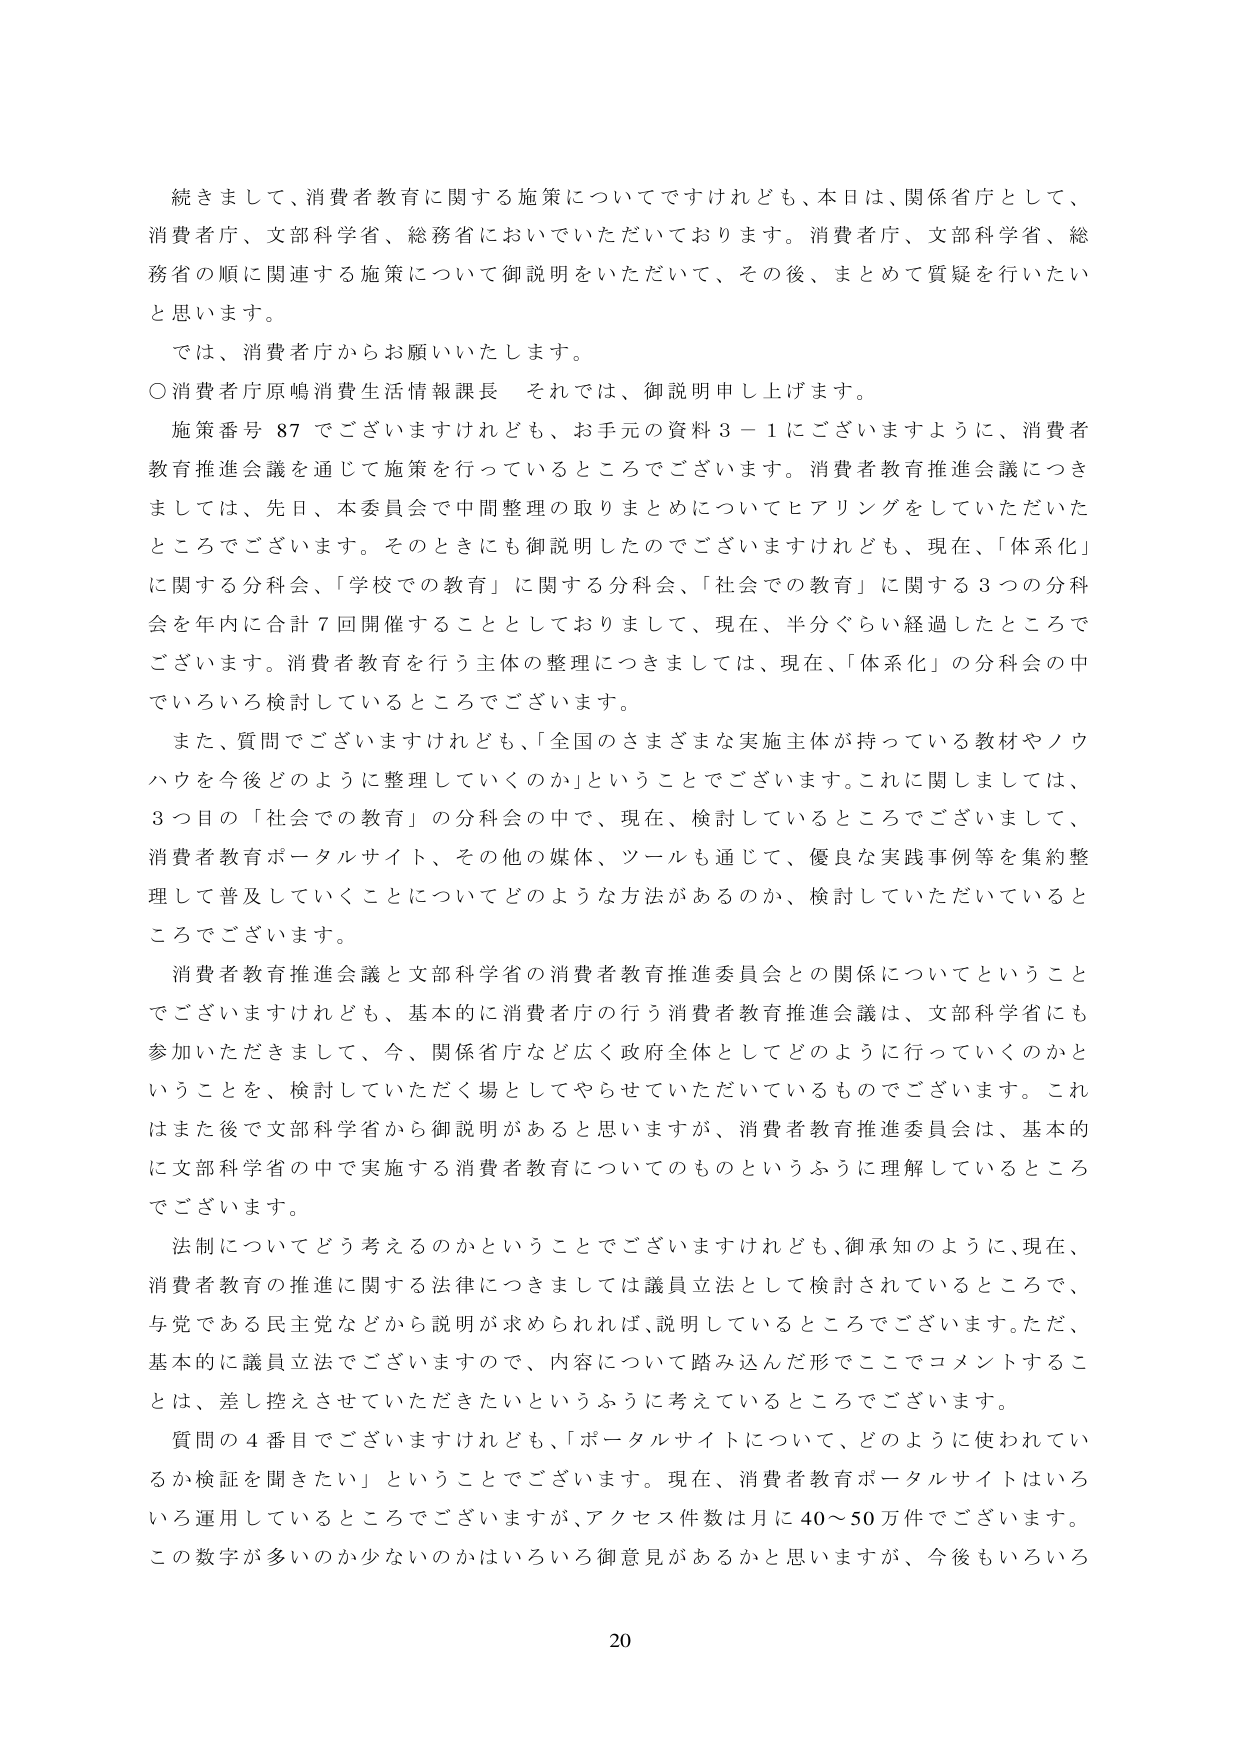
続きまして、消費者教育に関する施策についてですけれども、本日は、関係省庁として、消費者庁、文部科学省、総務省においていただいております。消費者庁、文部科学省、総務省の順に関連する施策について御説明をいただいて、その後、まとめて質疑を行いたいと思います。

では、消費者庁からお願いいたします。

○消費者庁原嶋消費生活情報課長　それでは、御説明申し上げます。

施策番号 87 でございますけれども、お手元の資料 3－1 にございますように、消費者教育推進会議を通じて施策を行っているところでございます。消費者教育推進会議につきましては、先日、本委員会で中間整理の取りまとめについてヒアリングをしていただいたところでございます。そのときにも御説明したのでございますけれども、現在、「体系化」に関する分科会、「学校での教育」に関する分科会、「社会での教育」に関する 3 つの分科会を年内に合計 7 回開催することとしておりまして、現在、半分ぐらい経過したところでございます。消費者教育を行う主体の整理につきましては、現在、「体系化」の分科会の中でいろいろ検討しているところでございます。

また、質問でございますけれども、「全国のさまざまな実施主体が持っている教材やノウハウを今後どのように整理していくのか」ということでございます。これに関しましては、3 つ目の「社会での教育」の分科会の中で、現在、検討しているところでございまして、消費者教育ポータルサイト、その他の媒体、ツールも通じて、優良な実践事例等を集約整理して普及していくことについてどのような方法があるのか、検討していただいているところでございます。

消費者教育推進会議と文部科学省の消費者教育推進委員会との関係についてということでございますけれども、基本的に消費者庁の行う消費者教育推進会議は、文部科学省にも参加いただきまして、今、関係省庁など広く政府全体としてどのように行っていくのかということを、検討していただく場としてやらせていただいているものでございます。これはまた後で文部科学省から御説明があると思いますが、消費者教育推進委員会は、基本的に文部科学省の中で実施する消費者教育についてのものというふうに理解しているところでございます。

法制についてどう考えるのかということでございますけれども、御承知のように、現在、消費者教育の推進に関する法律につきましては議員立法として検討されているところで、与党である民主党などから説明が求められれば、説明しているところでございます。ただ、基本的に議員立法でございますので、内容について踏み込んだ形でここでコメントすることは、差し控えさせていただきたいというふうに考えているところでございます。

質問の 4 番目でございますけれども、「ポータルサイトについて、どのように使われているか検証を聞きたい」ということでございます。現在、消費者教育ポータルサイトはいろいろ運用しているところでございますが、アクセス件数は月に 40～50 万件でございます。この数字が多いのか少ないのかはいろいろ御意見があるかと思いますが、今後もいろいろ

20